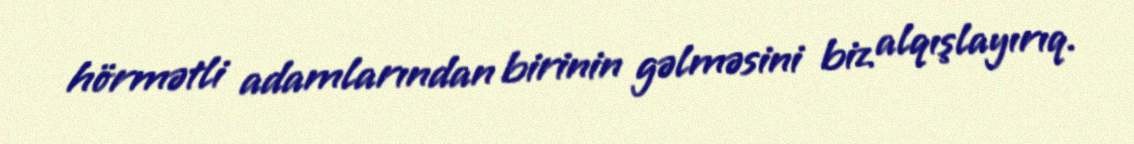
hörmətli adamlarından birinin gəlməsini biz alqışlayırıq.